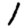
Digit: 1